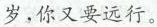
岁，你又要远行。